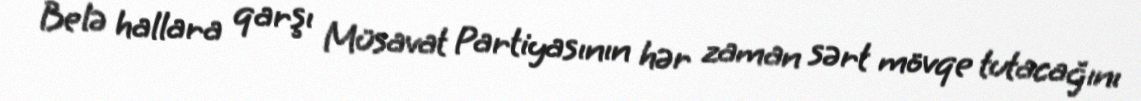
Belə hallara qarşı Müsavat Partiyasının hər zaman sərt mövqe tutacağını